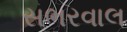
સભરવાલ